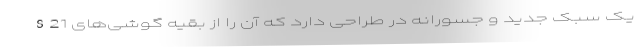
S21 یک سبک جدید و جسورانه در طراحی دارد که آن را از بقیه گوشی‌های